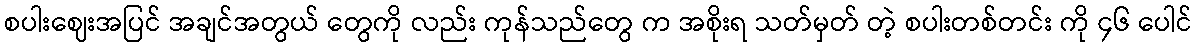
စပါးဈေးအပြင် အချင်အတွယ် တွေကို လည်း ကုန်သည်တွေ က အစိုးရ သတ်မှတ် တဲ့ စပါးတစ်တင်း ကို ၄၆ ပေါင်